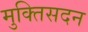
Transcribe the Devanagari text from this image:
मुक्तिसदन